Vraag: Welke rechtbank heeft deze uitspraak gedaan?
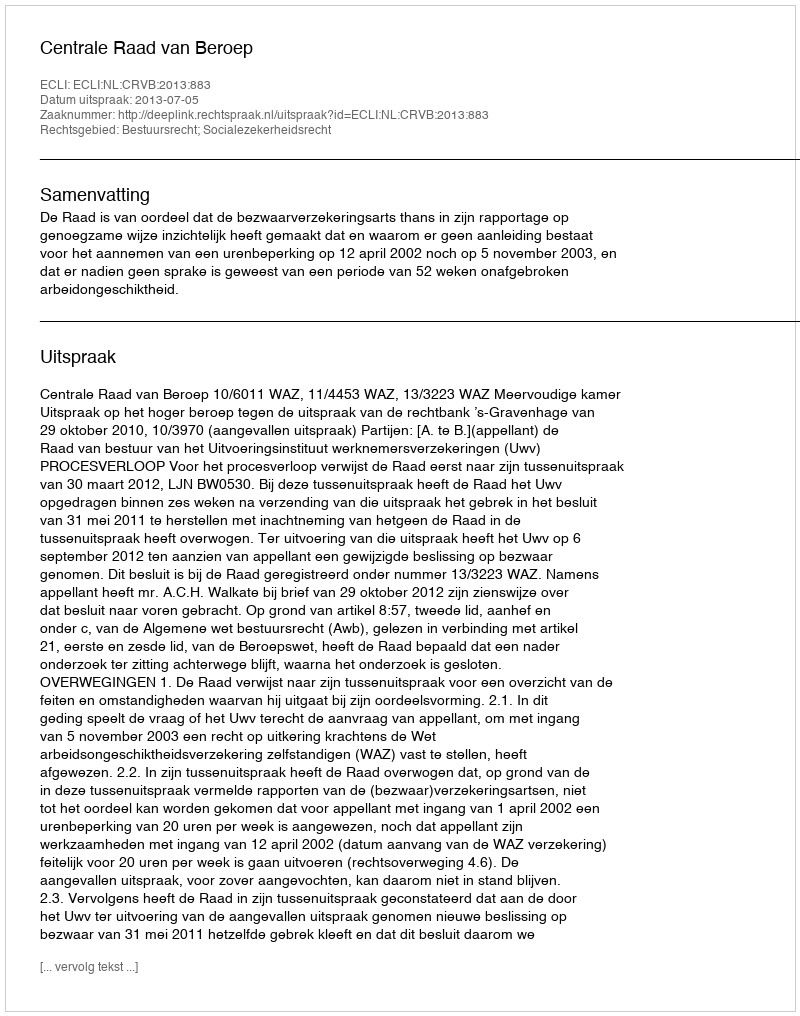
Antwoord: Centrale Raad van Beroep